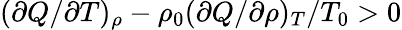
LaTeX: (\partial Q/\partial T)_{\rho}-\rho_{0}(\partial Q/\partial\rho)_{T}/T_{0}>0